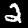
Digit: 2